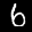
Label: 6